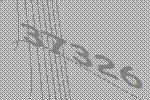
37326